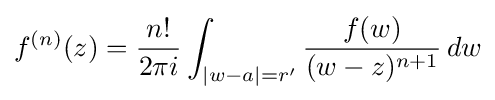
f^{(n)}(z)={\frac {n!}{2\pi i}}\int _{|w-a|=r'}{\frac {f(w)}{(w-z)^{n+1}}}\,dw